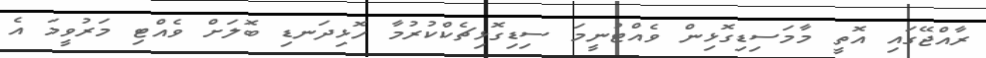
ރާއްޖޭގައި އޮތީ މާމަސިޑިގޮޅިން ވެއްޓުނީމަ ސިޑިގޮޅިޗެކްކުރުމާ ހޮޅިދަނޑި ބޮލަށް ވެއްޓި މަރުވީމަ އެ